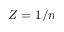
Z = 1 / n